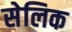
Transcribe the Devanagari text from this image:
सेलिक